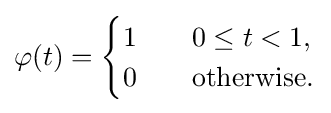
\varphi (t)={\begin{cases}1\quad &0\leq t<1,\\0&{\mbox{otherwise.}}\end{cases}}